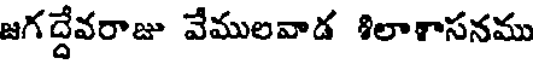
జగద్దేవరాజు వేములవాడ శిలాళాసనము